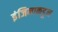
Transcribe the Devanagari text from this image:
इंजिनाकडून